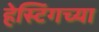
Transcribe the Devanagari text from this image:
हेस्टिंगच्या